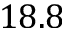
1 8 . 8